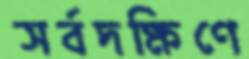
সর্বদক্ষিণে